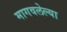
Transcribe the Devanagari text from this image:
मागवलेल्या